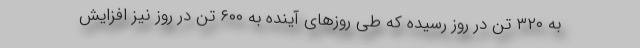
به ۳۲۰ تن در روز رسیده که طی روزهای آینده به ۶۰۰ تن در روز نیز افزایش